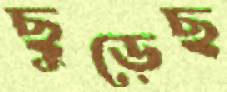
ছুড়েছ